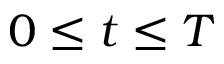
0 \leq t \leq T